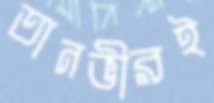
তানভীরই